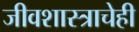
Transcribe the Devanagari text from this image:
जीवशास्त्राचेही